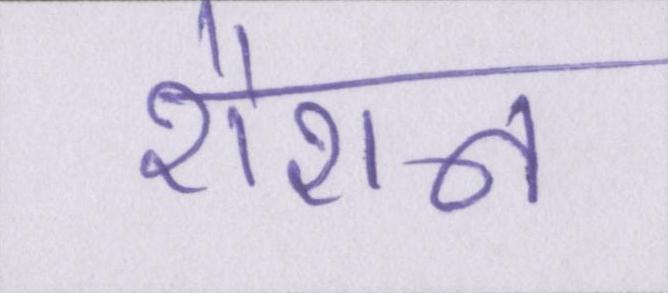
रौशन